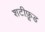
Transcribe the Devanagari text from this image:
शटीफ़ूड